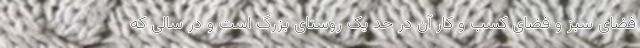
فضای سبز و فضای کسب و کار آن در حد یک روستای بزرگ است و در سالی که